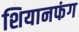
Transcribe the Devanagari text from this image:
शियानफंग